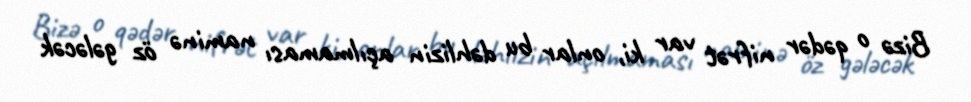
Bizə o qədər nifrət var ki, onlar bu dəhlizin açılmaması naminə öz gələcək